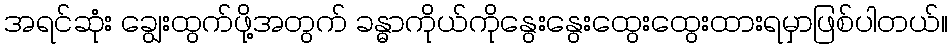
အရင်ဆုံး ချွေးထွက်ဖို့အတွက် ခန္ဓာကိုယ်ကိုနွေးနွေးထွေးထွေးထားရမှာဖြစ်ပါတယ်။